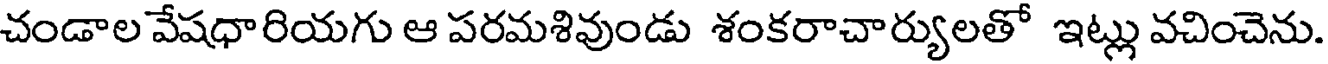
చండాల వేషధారియగు ఆ పరమశివుండు శంకరాచార్యులతో ఇట్లు వచించెను.